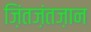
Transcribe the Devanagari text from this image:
ज़िंतज़ंतज़ान